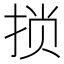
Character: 𫼶